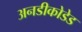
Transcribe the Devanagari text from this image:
अनडीकोडेड